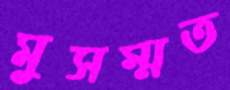
মুসম্মত